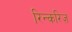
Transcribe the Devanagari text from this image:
रिन्करिज़